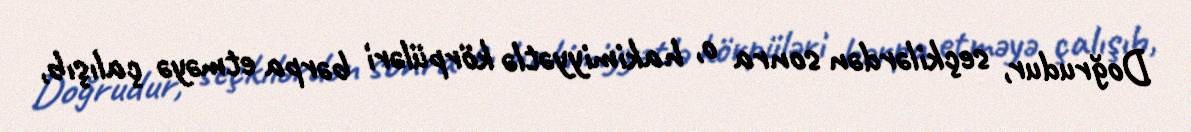
Doğrudur, seçkilərdən sonra o, hakimiyyətlə körpüləri bərpa etməyə çalışıb,